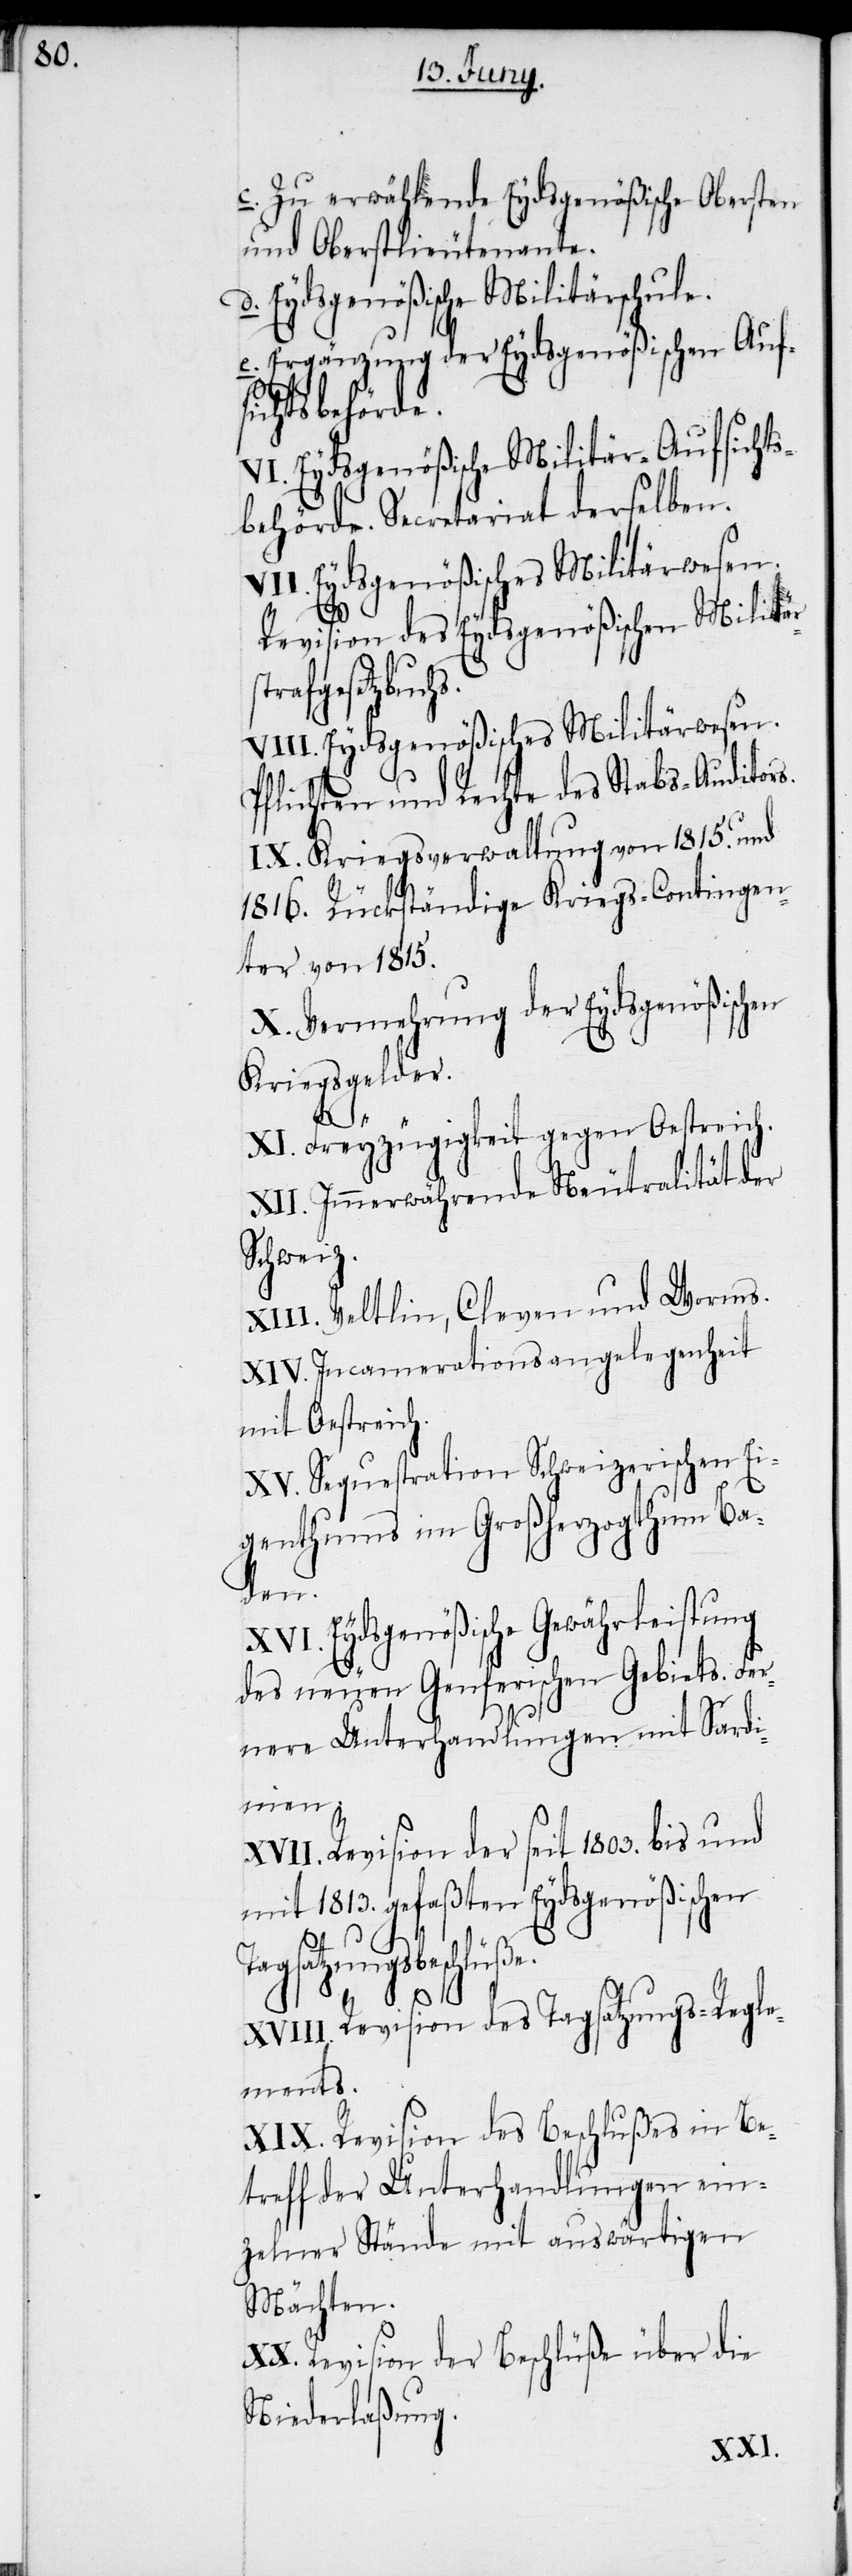
c. Zu erwählende Eydsgenößische Obersten
und Oberstlieutenante.
d. Eydsgenößische Militärschule.
e. Ergänzung der Eydsgenößischen Auf¬
sichtsbehörde.
VI. Eydsgenößische Militär-Aufsichts¬
behörde. Secretariat derselben.
VII. Eydsgenößisches Militärwesen.
Revision des Eydsgenößischen Militär¬
rafgesetzbuchs.
VIII. Eydsgenößisches Militärwesen.
Pflichten und Rechte des Stabs-Auditors.
IX. Kriegsverwaltung von 1815. und
1816. Rückständige Kriegs-Contingen¬
ter von 1815.
X. Vermehrung der Eydsgenößischen
Kriegsgelder.
st¬
XI. Freyzügigkeit gegen Oestreich.
XII. Immerwährende Neutralität der
Schweiz.
XIII. Veltlin, Cleven und Worms.
XIV. Incamerationsangelegenheit
mit Oestreich.
XV. Sequestration Schweizerischen Ei¬
genthums im Großherzogthum Ba¬
Fer¬
XVI. Eydsgenößische Gewährleistung
des neuen Genferischen Gebiets.
nere Unterhandlungen mit Sardi¬
nien.
XVII. Revision der seit 1803. bis und
mit 1813. gefaßten Eydsgenößischen
Tagsatzungsbeschlüße.
XVIII. Revision des Tagsatzungs-Regle¬
ments.
XIX. Revision des Beschlußes in Be¬
treff der Unterhandlungen ein¬
zelner Stände mit auswärtigen
Mächten.
XX. Revision der Beschlüße über die
Niederlaßung.